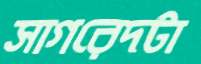
সাগরেদটা